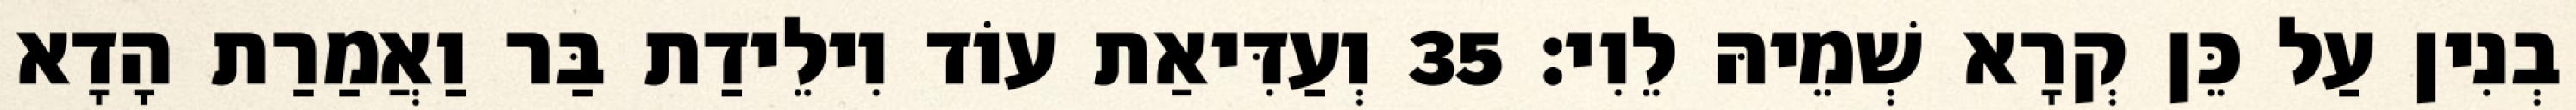
בְנִין עַל כֵּן קְרָא שְׁמֵיהּ לֵוִי׃ 35 וְעַדִּיאַת עוֹד וִילֵידַת בַּר וַאֲמַרַת הָדָא